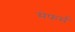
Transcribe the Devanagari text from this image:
सेफर्म